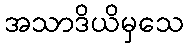
အသာဒိယိမှသေ